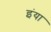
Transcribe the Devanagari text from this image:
इंया